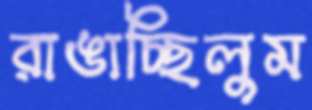
রাঙাচ্ছিলুম